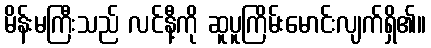
မိန်းမကြီးသည် လင်နီ့ကို ဆူပူကြိမ်းမောင်းလျက်ရှိ၏။